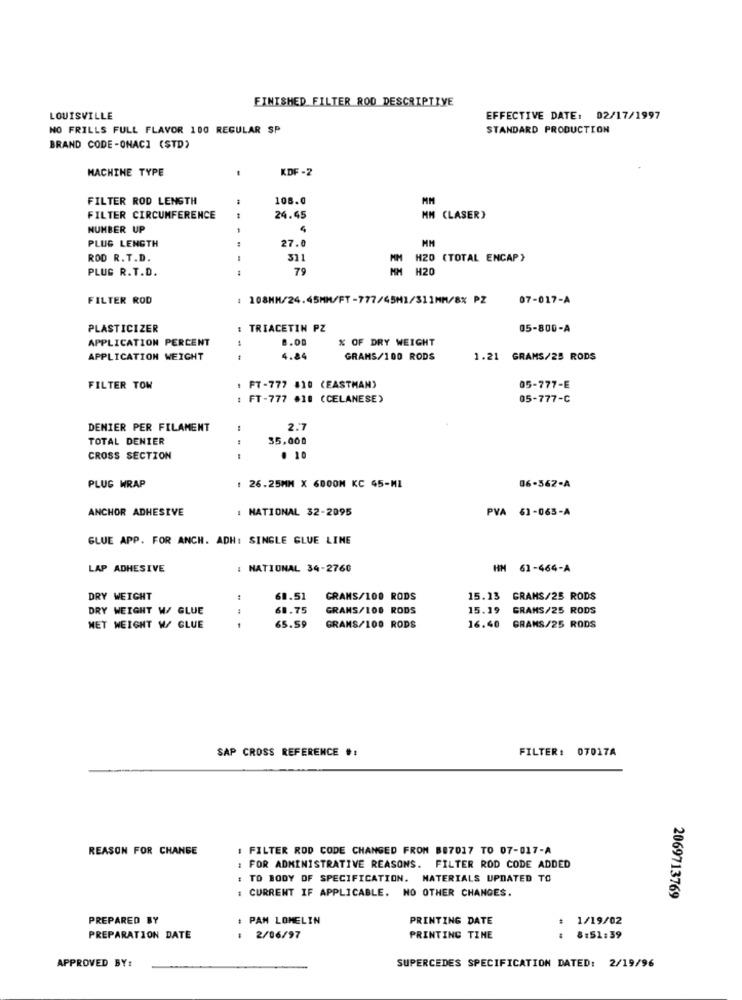
FINISHED FILTER ROD DESCRIPTIVE
LOUISVILLE
EFFECTIVE DATE: 02/17/1997
NO FRILLS FULL FLAVOR 100 REGULAR SP
STANDARD PRODUCTION
BRAND CODE-ONACI (STD)
MACHINE TYPE
KDF -2
FILTER ROD LENGTH
108.0
MM
FILTER CIRCUMFERENCE
24.45
MM (LASER)
NUMBER UP
4
PLUS LENGTH
27.0
ROD R.T.D.
.-
311
MM H20 (TOTAL ENCAP)
PLUG R.T.D.
7
MM
H20
FILTER ROD
: 108MM/24.45MM/FT-777/45M1/311MM/8% PZ
07-017-A
PLASTICIZER
: TRIACETIN PZ
05-800-A
APPLICATION PERCENT
8.00
% OF DRY WEIGHT
APPLICATION WEIGHT
4.84
GRAMS/100 RODS
1.21 GRAMS/25 RODS
FILTER TOW
1 FT-777 810 (EASTMAN)
05-777-E
: FT-777 .10 (CELANESE)
05-777-C
DENIER PER FILAMENT
:
2.7
TOTAL DENIER
35,000
CROSS SECTION
. 10
PLUG WRAP
: 26.25MM X 6000M KC 45-MI
06-562-A
ANCHOR ADHESIVE
: NATIONAL 32-2095
PVA 61-065-A
GLUE APP. FOR ANCH. ADH: SINGLE GLUE LINE
LAP ADHESIVE
: NATIONAL 34-2760
HM 61-464-A
DRY WEIGHT
60.51
CRANS/100 RODS
15.13 GRAMS/25 RODS
DRY WEIGHT W/ GLUE
61.75
GRANS/100 RODS
15.19 GRAMS/25 RODS
65.59
NET WEIGHT W/ GLUE
GRANS/100 RODS
16.40 GRAMS/25 RODS
SAP CROSS REFERENCE #:
FILTER: 07017A
REASON FOR CHANGE
1 FILTER ROD CODE CHANGED FROM 887017 TO 07-017-A
: FOR ADMINISTRATIVE REASONS. FILTER ROD CODE ADDED
: TO BODY OF SPECIFICATION. MATERIALS UPDATED TO
: CURRENT IF APPLICABLE. NO OTHER CHANGES.
2069713769
PREPARED BY
: PAM LOMELIN
PRINTING DATE
1/19/02
PREPARATION DATE
2/06/97
PRINTING TIME
8:51:39
APPROVED BY:
SUPERCEDES SPECIFICATION DATED: 2/19/96